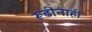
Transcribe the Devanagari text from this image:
रूढींनाही